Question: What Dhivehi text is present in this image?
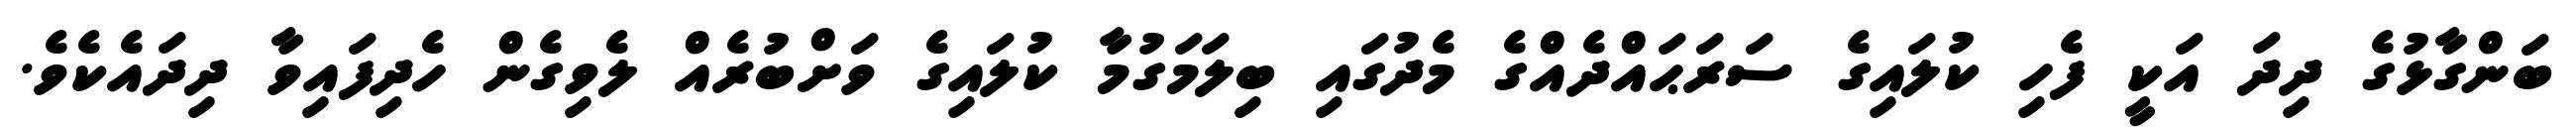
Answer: ބަންގާޅުގެ ދިދަ އަކީ ފެހި ކުލައިގެ ސަރަޙައްދެއްގެ މެދުގައި ބިލަމަގުމާ ކުލައިގެ ވަށްބުރެއް ލެވިގެން ހެދިފައިވާ ދިދައެކެވެ.